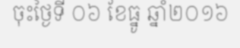
ចុះថ្ងៃទី ០៦ ខែធ្នូ ឆ្នាំ២០១៦